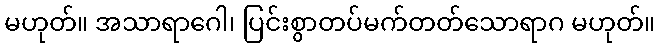
မဟုတ်။ အသာရာဂေါ၊ ပြင်းစွာတပ်မက်တတ်သောရာဂ မဟုတ်။